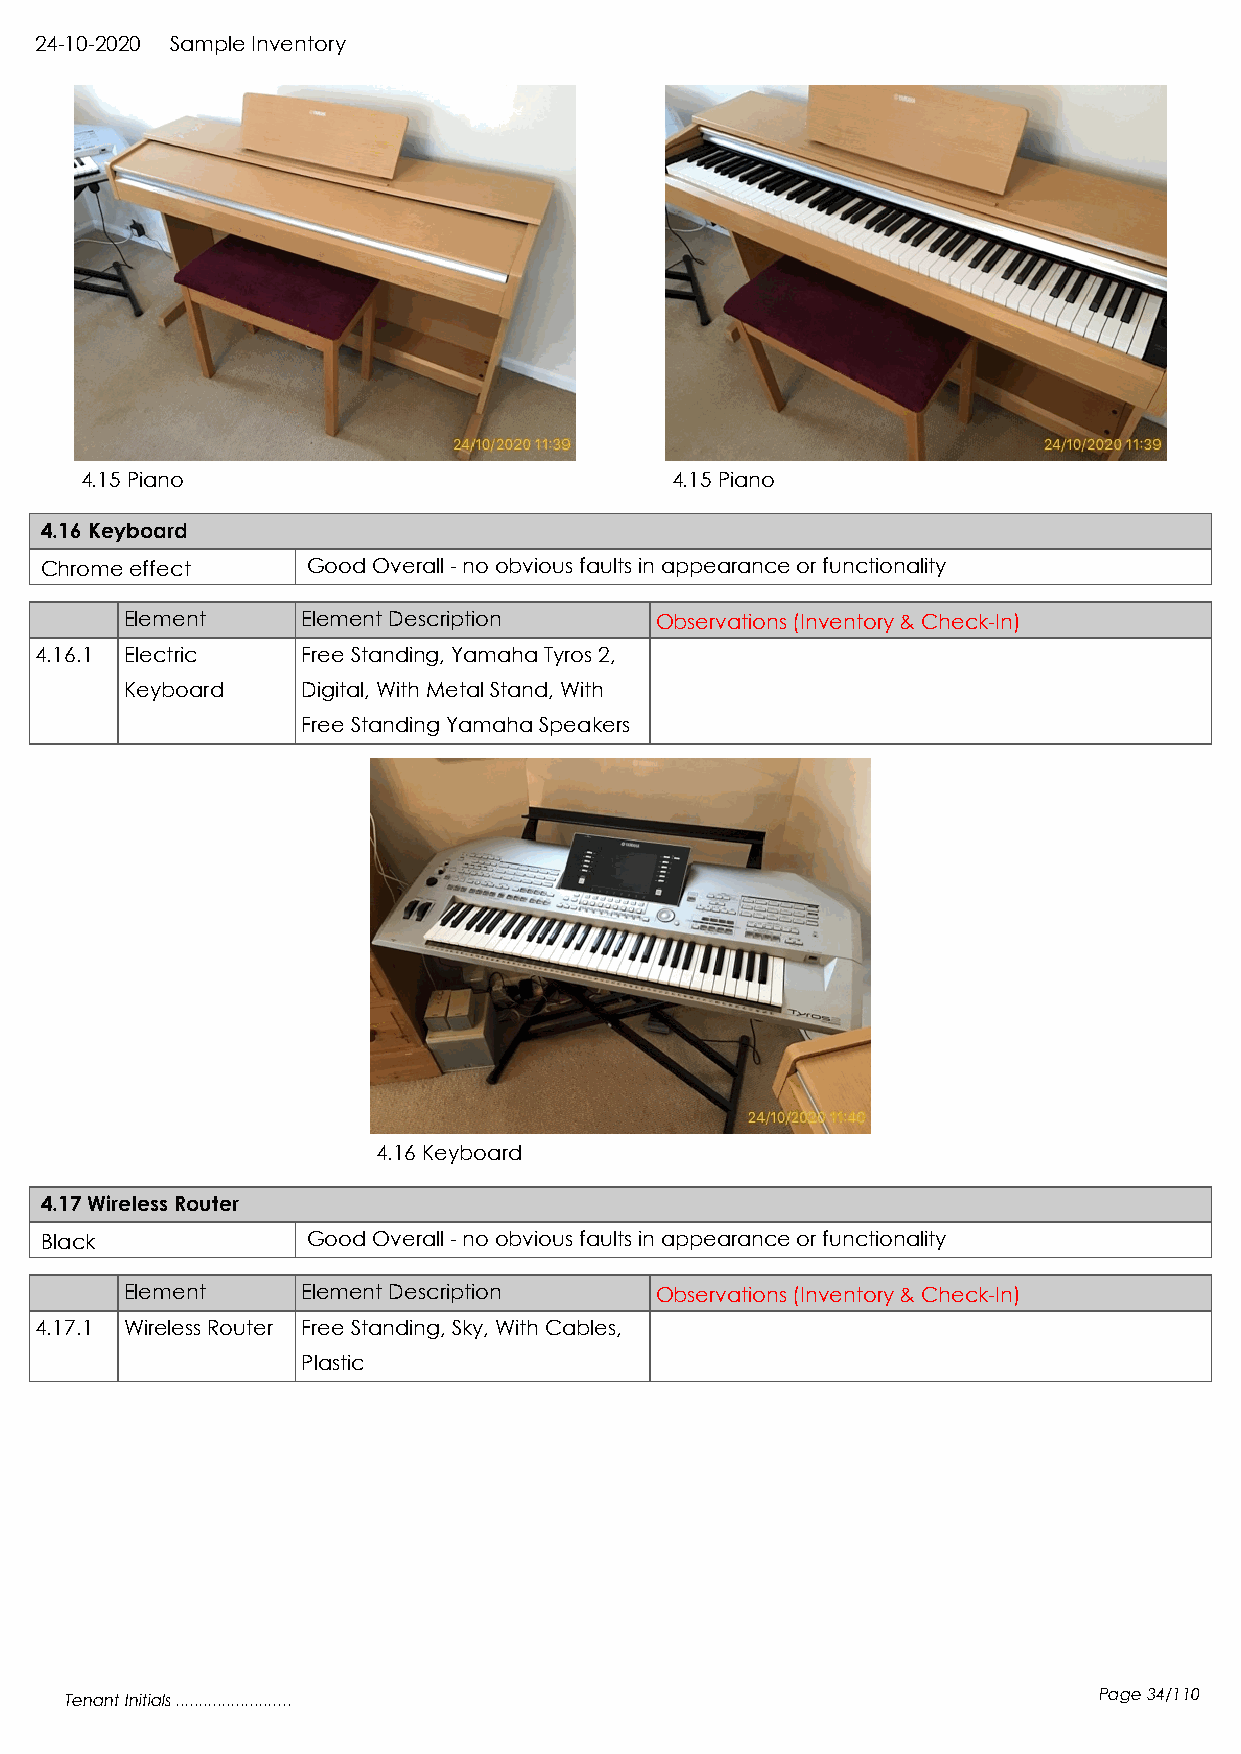
24-10-2020 Sample Inventory
 4.15 Piano                             4.15 Piano
 4.16 Keyboard
 Chrome effect    Good Overall - no obvious faults in appearance or functionality
 Element     Element Description    Observations (Inventory & Check-In)
 4.16.1 Electric   Free Standing, Yamaha Tyros 2,
 Keyboard    Digital, With Metal Stand, With
 Free Standing Yamaha Speakers
 4.16 Keyboard
 4.17 Wireless Router
 Black            Good Overall - no obvious faults in appearance or functionality
 Element     Element Description    Observations (Inventory & Check-In)
 4.17.1 Wireless Router Free Standing, Sky, With Cables,
 Plastic
 Tenant Initials .........................                            Page 34/110